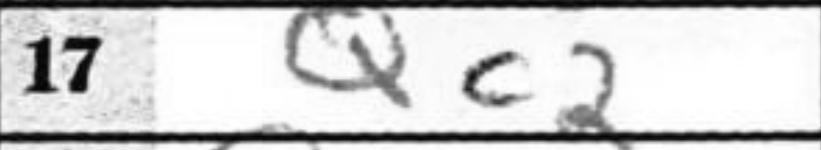
Transcription: Qc2